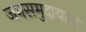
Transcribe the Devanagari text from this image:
जनसमुदायास